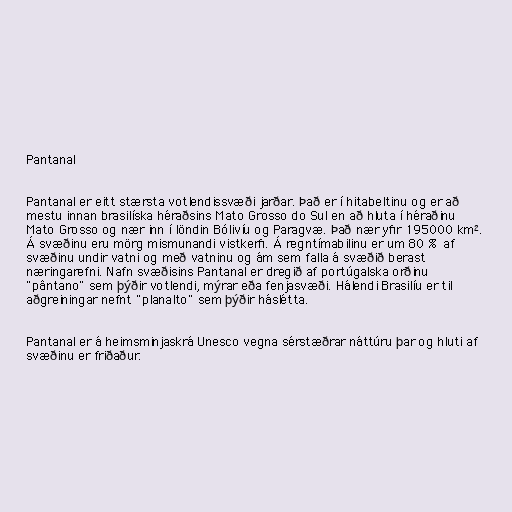
Pantanal

Pantanal er eitt stærsta votlendissvæði jarðar. Það er í hitabeltinu og er að
mestu innan brasilíska héraðsins Mato Grosso do Sul en að hluta í héraðinu
Mato Grosso og nær inn í löndin Bólivíu og Paragvæ. Það nær yfir 195000 km².
Á svæðinu eru mörg mismunandi vistkerfi. Á regntímabilinu er um 80 % af
svæðinu undir vatni og með vatninu og ám sem falla á svæðið berast
næringarefni. Nafn svæðisins Pantanal er dregið af portúgalska orðinu
"pântano" sem þýðir votlendi, mýrar eða fenjasvæði. Hálendi Brasilíu er til
aðgreiningar nefnt "planalto" sem þýðir háslétta.

Pantanal er á heimsminjaskrá Unesco vegna sérstæðrar náttúru þar og hluti af
svæðinu er friðaður.